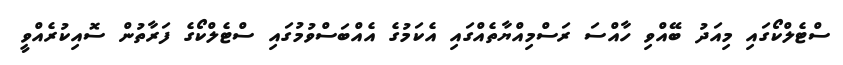
ސްޓެލްކޯގައި މިއަދު ބޭއްވި ހާއްސަ ރަސްމިއްޔާތެއްގައި އެކަމުގެ އެއްބަސްވުމުގައި ސްޓެލްކޯގެ ފަރާތުން ސޮއިކުރެއްވީ